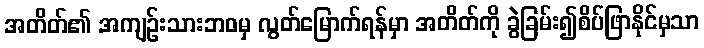
အတိတ်၏ အကျဉ်းသားဘဝမှ လွတ်မြောက်ရန်မှာ အတိတ်ကို ခွဲခြမ်း၍စိပ်ဖြာနိုင်မှသာ